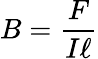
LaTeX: B={\frac{F}{I\ell}}